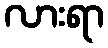
လားရာ